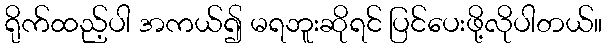
ရိုက်ထည့်ပါ အကယ်၍ မရဘူးဆိုရင် ပြင်ပေးဖို့လိုပါတယ်။